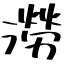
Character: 澇